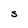
Character: S